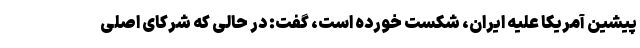
پیشین آمریکا علیه ایران، شکست خورده است، گفت: در حالی که شرکای اصلی